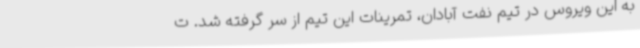
به این ویروس در تیم نفت آبادان، تمرینات این تیم از سر گرفته شد. ت